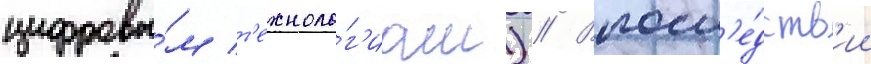
цифровы́м т'ехноло́г'иам) // Впосл'е́дств'ии